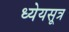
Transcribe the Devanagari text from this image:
ध्येयसूत्र